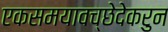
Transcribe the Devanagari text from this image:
एकसमयावच्छेदेकरुन